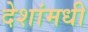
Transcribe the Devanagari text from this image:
देशांमधी